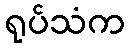
ရုပ်သံက